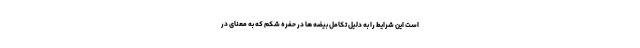
است این شرایط را به دلیل تکامل بیضه ها در حفره شکم که به معنای در